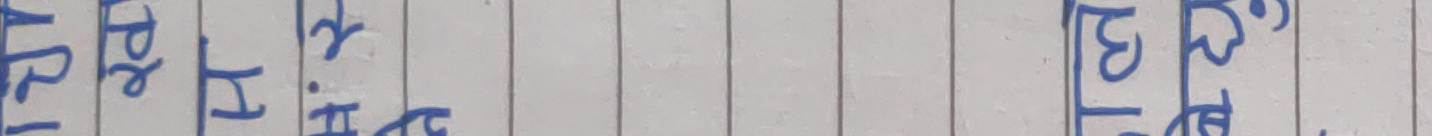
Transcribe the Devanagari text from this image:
बिचमा भयो।